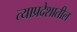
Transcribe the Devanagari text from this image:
त्याप्रदेशातील